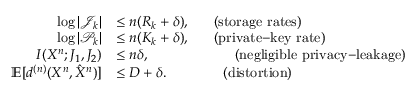
\begin{array} { r l } { \log | \mathcal { J } _ { k } | } & { \leq n ( R _ { k } + \delta ) , ~ ~ ~ ~ ~ \mathrm { ( s t o r a g e ~ r a t e s ) } } \\ { \log | \mathcal { P } _ { k } | } & { \leq n ( K _ { k } + \delta ) , ~ ~ ~ ~ ~ \mathrm { ( p r i v a t e \mathrm { - } k e y ~ r a t e ) } } \\ { I ( X ^ { n } ; J _ { 1 } , J _ { 2 } ) } & { \leq n \delta , ~ ~ ~ ~ ~ ~ ~ ~ ~ ~ ~ ~ ~ ~ ~ ~ ~ ~ \mathrm { ( n e g l i g i b l e ~ p r i v a c y \mathrm { - } l e a k a g e ) } } \\ { \textstyle \mathbb { E } [ { d ^ { ( n ) } } ( X ^ { n } , \hat { X } ^ { n } ) ] } & { \leq { D + \delta } . ~ ~ ~ ~ ~ ~ ~ ~ ~ ~ ~ ~ \mathrm { ( d i s t o r t i o n ) } } \end{array}